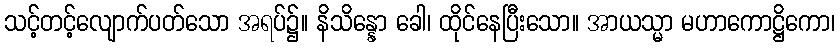
သင့်တင့်လျောက်ပတ်သော အရပ်၌။ နိသိန္နော ခေါ၊ ထိုင်နေပြီးသော။ အာယသ္မာ မဟာကောဋ္ဌိကော၊